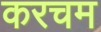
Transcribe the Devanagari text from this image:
करचम